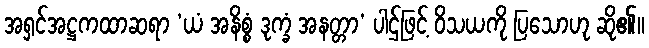
အရှင်အဋ္ဌကထာဆရာ ‘ယံ အနိစ္စံ ဒုက္ခံ အနတ္တာ’ ပါဌ်ဖြင့် ဝိသယကို ပြသောဟု ဆို၏။